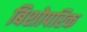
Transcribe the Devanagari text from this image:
बिशोपरिक